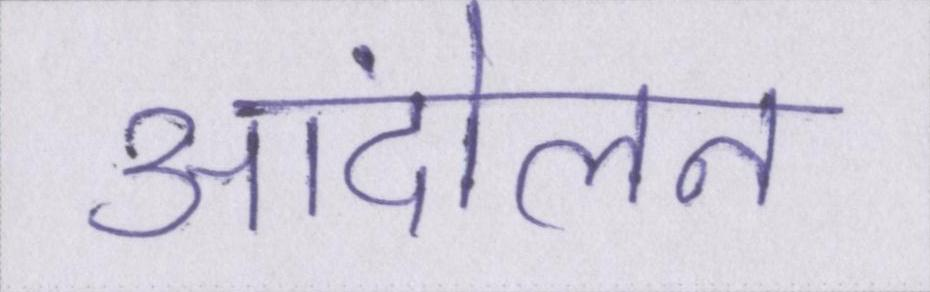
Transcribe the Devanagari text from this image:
आंदोलन